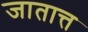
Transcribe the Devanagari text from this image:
जातात्त